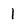
Character: 1